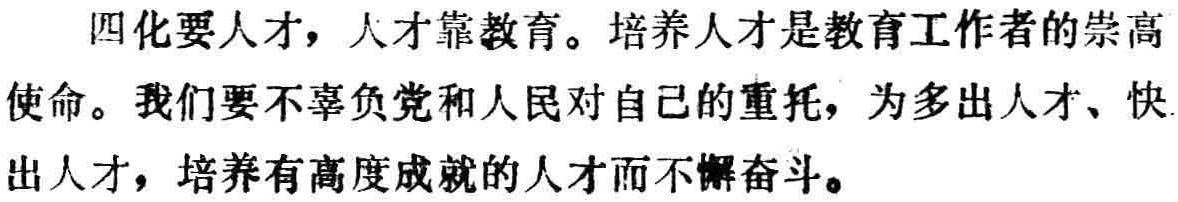
四化要人才，人才靠教育。培养人才是教育工作者的崇高使命。我们要不辜负党和人民对自己的重托，为多出人才、快出人才，培养有高度成就的人才而不懈奋斗。